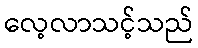
လေ့လာသင့်သည်